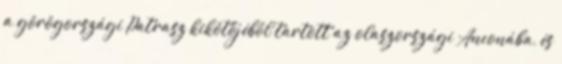
a görögországi Patrasz kikötőjéből tartott az olaszországi Anconába, és